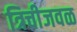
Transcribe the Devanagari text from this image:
त्रिचीजवळ